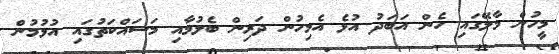
މީހުން މާލޭގައި ހެން އަބަދު އުޅެ އެމިހުން ދަރިން ބެލުމާއި މަސައްކަތުގައި އުޅުމުން